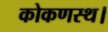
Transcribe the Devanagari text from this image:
कोकणस्थ।